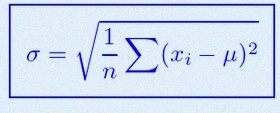
\sigma=\sqrt{\frac1n\sum(x_i-\mu)^2}